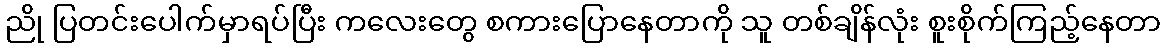
ညို ပြတင်းပေါက်မှာရပ်ပြီး ကလေးတွေ စကားပြောနေတာကို သူ တစ်ချိန်လုံး စူးစိုက်ကြည့်နေတာ